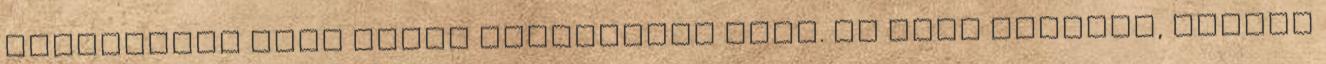
szavazatot kapó közül választani kell. El kell döntsük, melyik